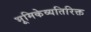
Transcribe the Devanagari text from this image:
भूमिकेव्यतिरिक्त